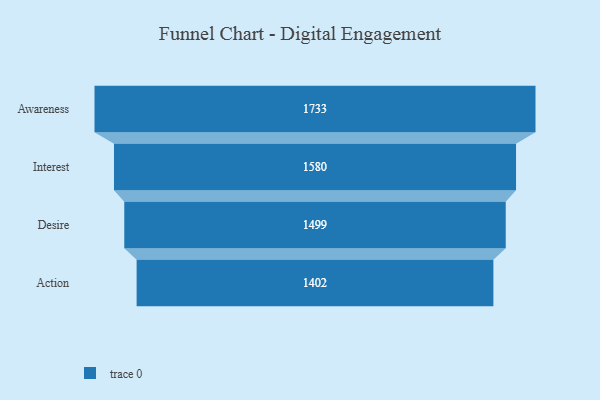
{"axis": {"x": "Stage", "y": "Value"}, "legend": [""], "data": [{"x": "Awareness", "y": 1733.0, "type": ""}, {"x": "Interest", "y": 1580.0, "type": ""}, {"x": "Desire", "y": 1499.0, "type": ""}, {"x": "Action", "y": 1402.0, "type": ""}]}